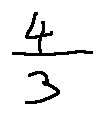
\frac { 4 } { 3 }